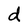
Character: d